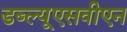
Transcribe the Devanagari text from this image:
डब्ल्यूएसवीएन